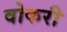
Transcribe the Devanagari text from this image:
वोकरी